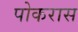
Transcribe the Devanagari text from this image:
पोकरास